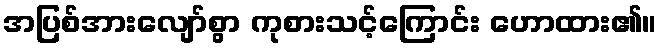
အပြစ်အားလျော်စွာ ကုစားသင့်ကြောင်း ဟောထား၏။